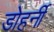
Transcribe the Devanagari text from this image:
डोहर्नी